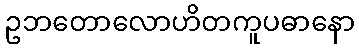
ဥဘတောလောဟိတကူပဓာနော